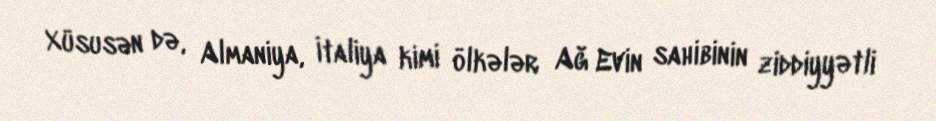
Xüsusən də, Almaniya, İtaliya kimi ölkələr Ağ Evin sahibinin ziddiyyətli